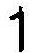
1